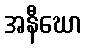
အနီဃော